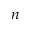
n